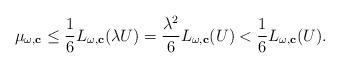
LaTeX: \begin{align*}\mu_{\omega,\mathbf{c}}\le \frac{1}{6}L_{\omega,\mathbf{c}}(\lambda U)=\frac{\lambda^2}{6}L_{\omega,\mathbf{c}}(U)<\frac{1}{6}L_{\omega,\mathbf{c}}(U).\end{align*}